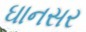
ઘાનસર